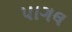
પાગલ